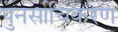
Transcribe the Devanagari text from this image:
पुनर्साचिकरण